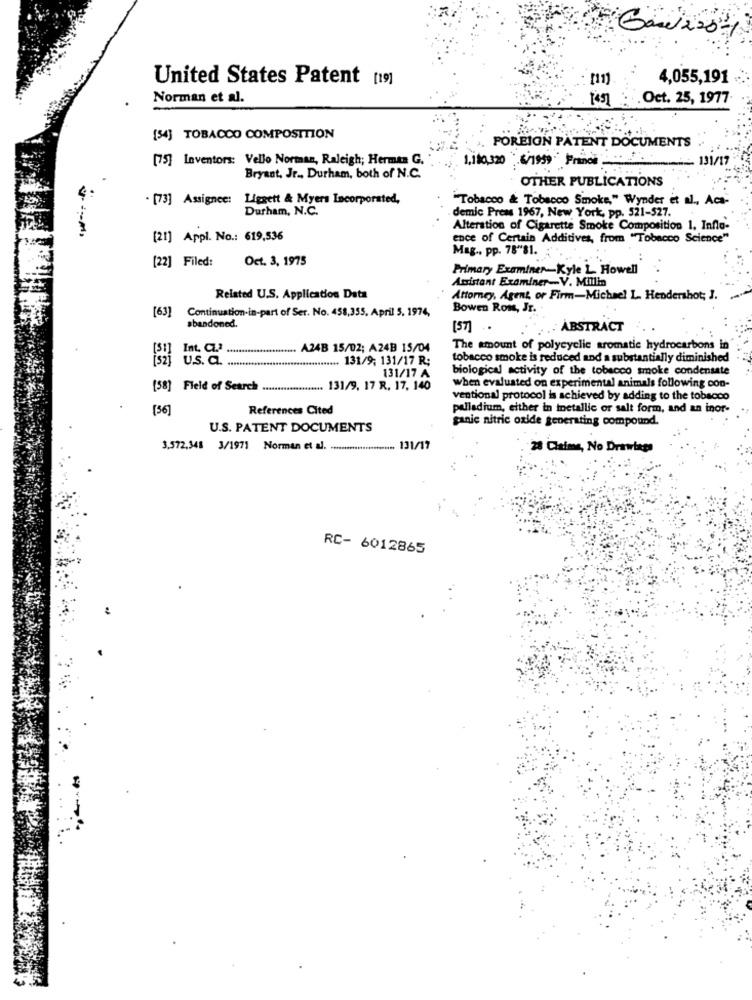
United States Patent [19]
4,055,191
Norman et al.
14 51
.Oct. 25, 1977-
[54] TOBACCO COMPOSITION
FOREIGN PATENT DOCUMENTS
[75] Inventors: Vello Norman, Raleigh; Herman G.
1,180,320 6/1999. Prince
131/17
Bryant, Jr ., Durham, both of N.C.
OTHER PUBLICATIONS
· [73] Assignee: Liggett & Myers Incorporated,
"Tobacco & Tobacco Smoke," Wynder et al ., Aca-
Durham, N.C.
demic Prens 1967, New York, pp. 521-527.
Alteration of Cigarette Smoke Composition 1, Infla-
[21] Appl. No .: 619,536
ence of Certain Additives, from "Tobacco Science"
Mag ., pp. 78"'81.
[22] Filed:
Oct. 3, 1975
Primary Examiner-Kyle L. Howell
Assistant Examiner-V. Millin
Related U.S. Application Data
Attorney, Agent, or Firm-Michael L. Hendershot; J.
Bowen Rom, Jr.
[63] Continuation-in-part of Ser. No. 458,355. April 5. 1974,
abandoned.
[57]
. ABSTRACT
A24B 15/02; A24B 15/04
The amount of polycyclic aromatic hydrocarbons in
[32] u.s. a.
......... 131/9; 131/17 R;
tobacco smoke is reduced and a substantially diminished
131/17 A
biological activity of the tobacco smoke condensate
when evaluated on experimental animals following con-
[58] Field of Search .................. 131/9, 17 R, 17, 140
ventional protocol is achieved by adding to the tobacco
[36]
References Cited
palladium, either in metallic or salt form, and an inor-
ganic nitric oxide generating compound.
U.S. PATENT DOCUMENTS
3,572,348 3/1971 Norman et al. ........................ 131/17
28 Claime, No Drawings
RC- 6012865